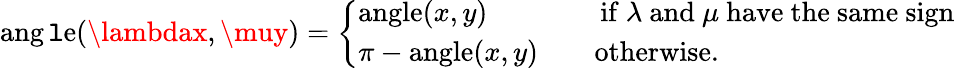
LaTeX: \operatorname{ang\mathtt{l}e}(\lambdax,\muy)={\left\{ \begin{array}{ll}{\operatorname{angle}(x,y)\qquad\qquad{\mathrm{if~}}\lambda{\mathrm{~and~}}\mu{\mathrm{~have~the~same~sign}}}\\ {\pi-\operatorname{angle}(x,y)\qquad{\mathrm{otherwise}}.}\end{array}\right.}